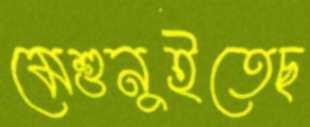
মেশুনুইতেছ